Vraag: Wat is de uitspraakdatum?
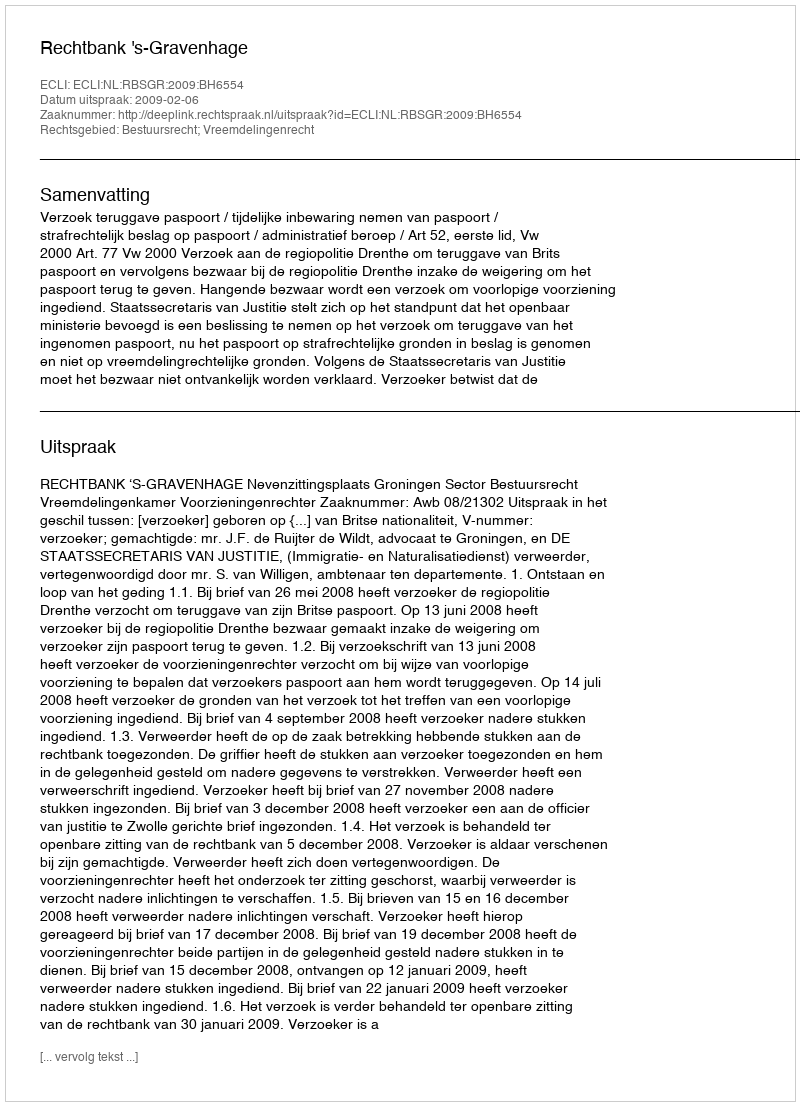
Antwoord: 2009-02-06